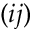
( i j )